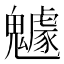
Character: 𩴯